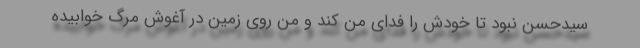
سیدحسن نبود تا خودش را فدای من کند و من روی زمین در آغوش مرگ خوابیده